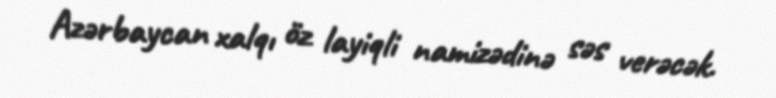
Azərbaycan xalqı öz layiqli namizədinə səs verəcək.